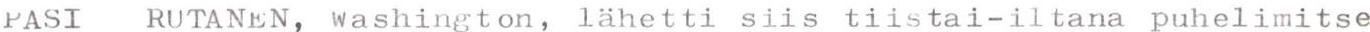
PASI RUTANEN, Washington, lähetti siis tiistai-iltana puhelimitse